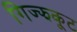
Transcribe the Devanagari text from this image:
गिज्झकूट